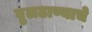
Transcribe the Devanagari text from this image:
बुलढाण्याचे